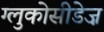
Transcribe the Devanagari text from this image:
ग्लुकोसीडेज़